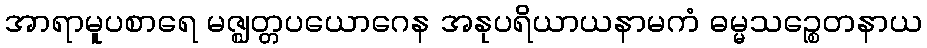
အာရာမူပစာရေ မဇ္ဈတ္တပယောဂေန အနုပရိယာယနာမကံ ဓမ္မသဉ္စေတနာယ